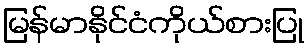
မြန်မာနိုင်ငံကိုယ်စားပြု